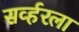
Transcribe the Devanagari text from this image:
सर्व्हरला